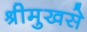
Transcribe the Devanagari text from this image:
श्रीमुखसे